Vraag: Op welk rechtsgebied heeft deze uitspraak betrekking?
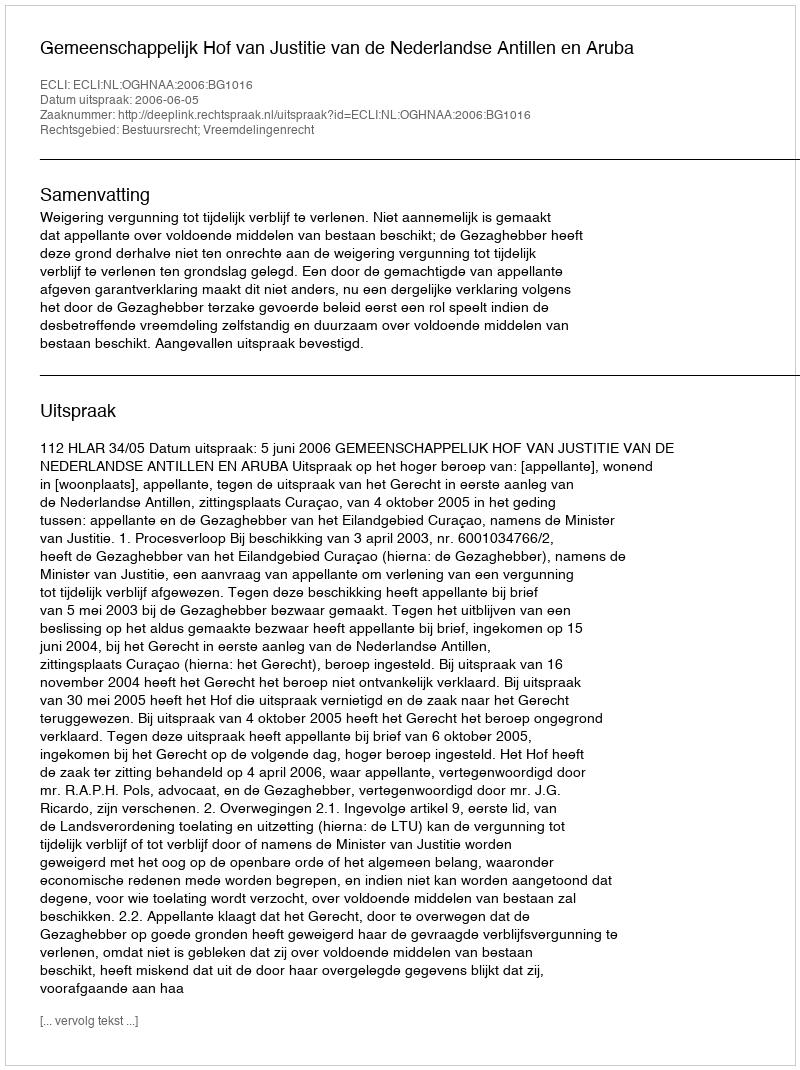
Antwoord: Bestuursrecht; Vreemdelingenrecht